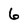
Character: 6